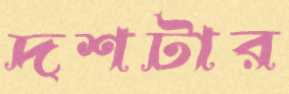
দশটার